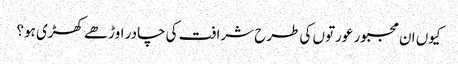
کیوں ان مجبور عورتوں کی طرح شرافت کی چادر اوڑھے کھڑی ہو؟